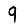
Digit: 9